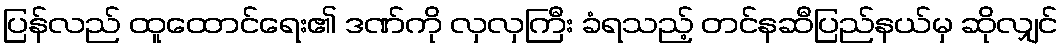
ပြန်လည် ထူထောင်ရေး၏ ဒဏ်ကို လှလှကြီး ခံရသည့် တင်နဆီပြည်နယ်မှ ဆိုလျှင်